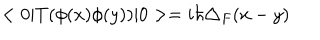
< 0 | T ( \phi ( x ) \phi ( y ) ) | 0 > = i \hbar \triangle _ { F } ( x - y )